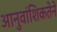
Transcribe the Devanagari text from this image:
आनुवांशिकतेने